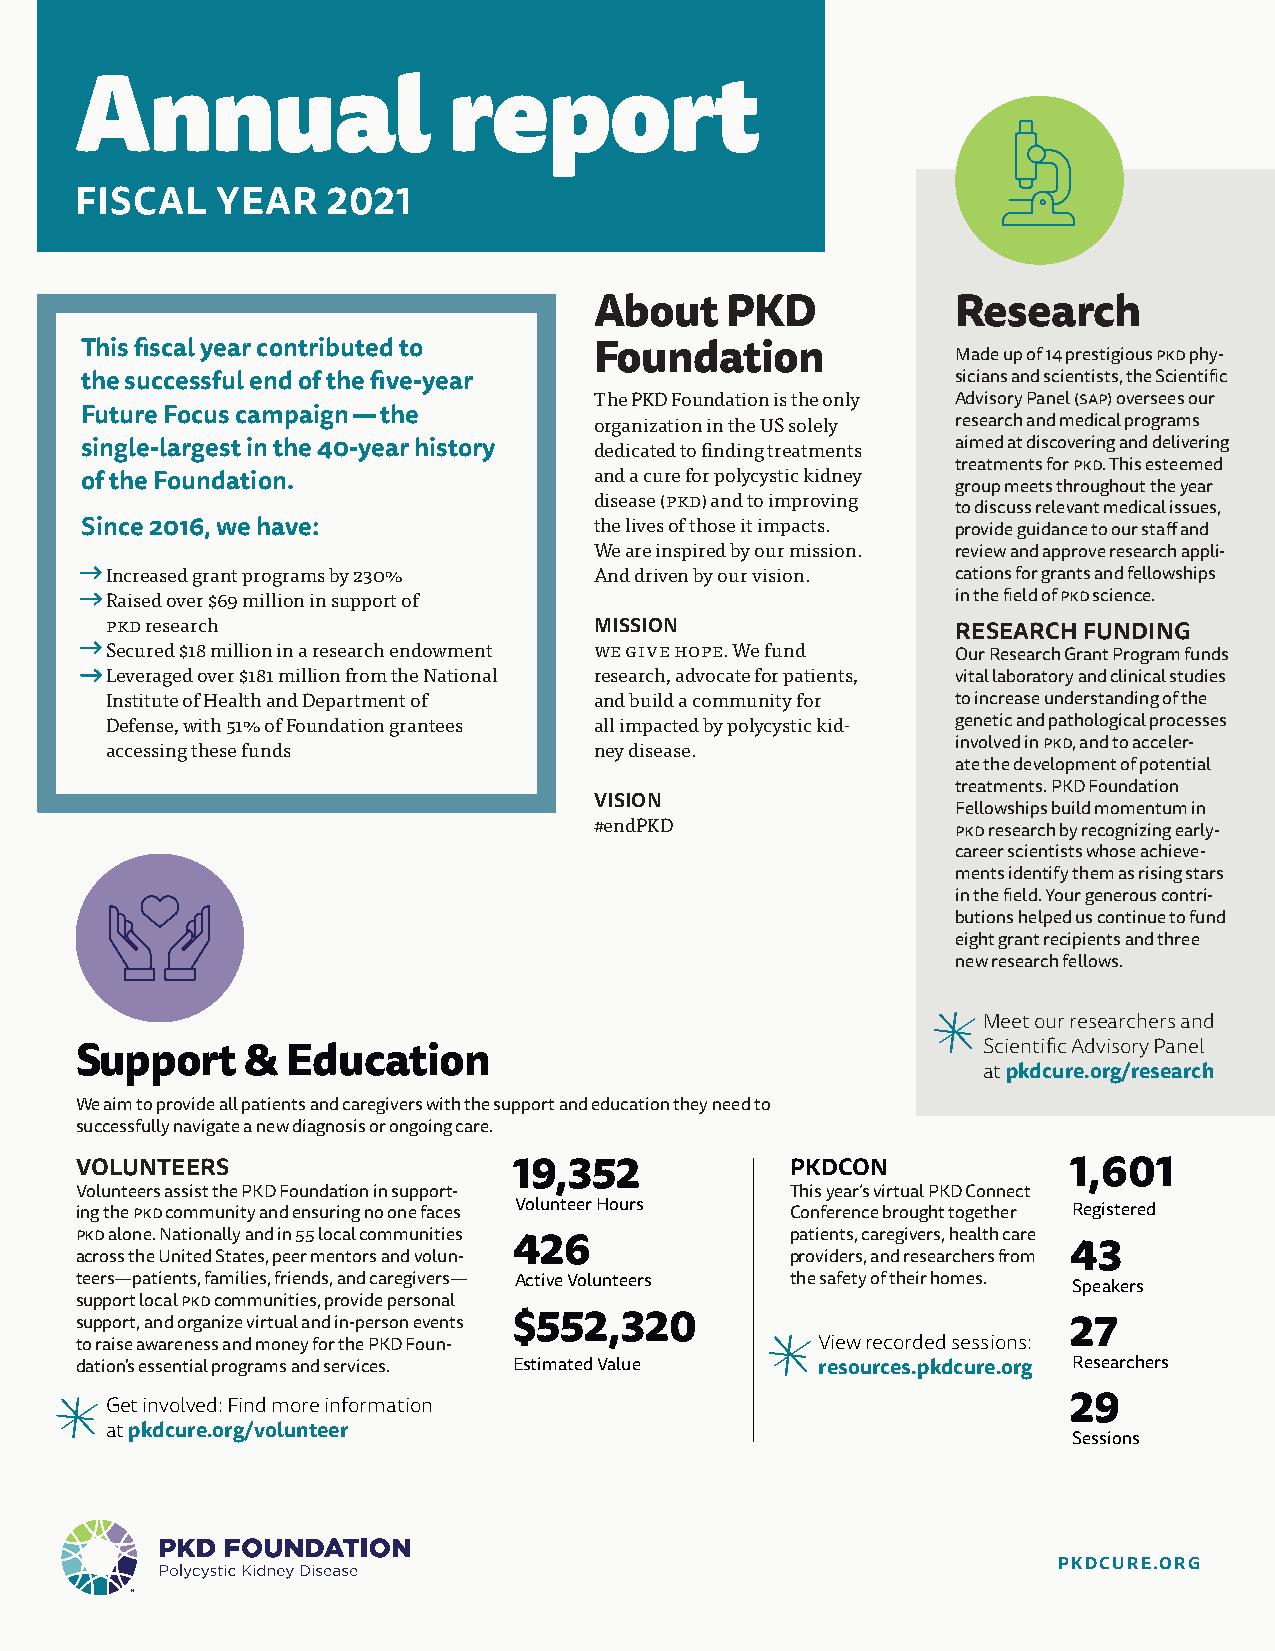
Annual                   report
 FISCAL   YEAR    2021
 About    PKD            Research
 This fiscal year contributed to   Foundation              Made up of 14 prestigious pkd phy-
 the successful end of the five-year                       sicians and scientists, the Scientific
 The PKD Foundation is the only Advisory Panel (SAp) oversees our
 Future Focus campaign — the
 organization in the US solely research and medical programs
 single-largest in the 40-year history dedicated to finding treatments aimed at discovering and delivering
 treatments for pkd. This esteemed
 and a cure for polycystic kidney
 of the Foundation.
 group meets throughout the year
 disease (PKD) and to improving
 to discuss relevant medical issues,
 Since 2016, we have:              the lives of those it impacts. provide guidance to our staff and
 We are inspired by our mission. review and approve research appli-
 • Increased grant programs by 230% And driven by our vision. cations for grants and fellowships
 • Raised over $69 million in support of                  in the field of pkd science.
 PKD research                    MISSION                 RESEARCH FUNDING
 • Secured $18 million in a research endowment We give hoPe. We fund
 Our Research Grant Program funds
 • Leveraged over $181 million from the National research, advocate for patients, vital laboratory and clinical studies
 Institute of Health and Department of and build a community for to increase understanding of the
 Defense, with 51% of Foundation grantees all impacted by polycystic kid- genetic and pathological processes
 accessing these funds           ney disease.            involved in pkd, and to acceler-
 ate the development of potential
 treatments. PKD Foundation
 VISION
 Fellowships build momentum in
 #endPKD
 pkd research by recognizing early-
 career scientists whose achieve-
 ments identify them as rising stars
 in the field. Your generous contri-
 butions helped us continue to fund
 eight grant recipients and three
 new research fellows.
 Meet our researchers and
 Scientific Advisory Panel
 Support    &  Education
 at pkdcure.org/research
 We aim to provide all patients and caregivers with the support and education they need to
 successfully navigate a new diagnosis or ongoing care.
 VOLUNTEERS                   19,352            PKDCON             1,601
 Volunteers assist the PKD Foundation in support- This year’s virtual PKD Connect
 ing the pkd community and ensuring no one faces Volunteer Hours Conference brought together Registered
 pkd alone. Nationally and in 55 local communities patients, caregivers, health care
 426                                  43
 across the United States, peer mentors and volun- providers, and researchers from
 teers—patients, families, friends, and caregivers— Active Volunteers the safety of their homes. Speakers
 support local pkd communities, provide personal
 support, and organize virtual and in-person events $552,320       27
 to raise awareness and money for the PKD Foun-   View recorded sessions:
 dation's essential programs and services. Estimated Value resources.pkdcure.org Researchers
 Get involved: Find more information                             29
 at pkdcure.org/volunteer
 Sessions
 PKDCURE.ORG